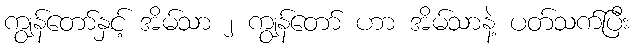
ကျွန်တော်နှင့် အိမ်သာ ၂ ကျွန်တော် ဟာ အိမ်သာနဲ့ ပတ်သက်ပြီး